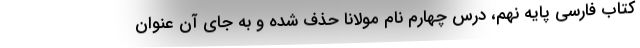
کتاب فارسی پایه نهم، درس چهارم نام مولانا حذف شده و به جای آن عنوان